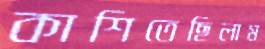
কাশিতেছিলাম